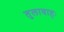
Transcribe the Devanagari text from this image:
तुलावाहः